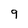
Character: 9